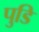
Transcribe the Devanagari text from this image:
पुडि